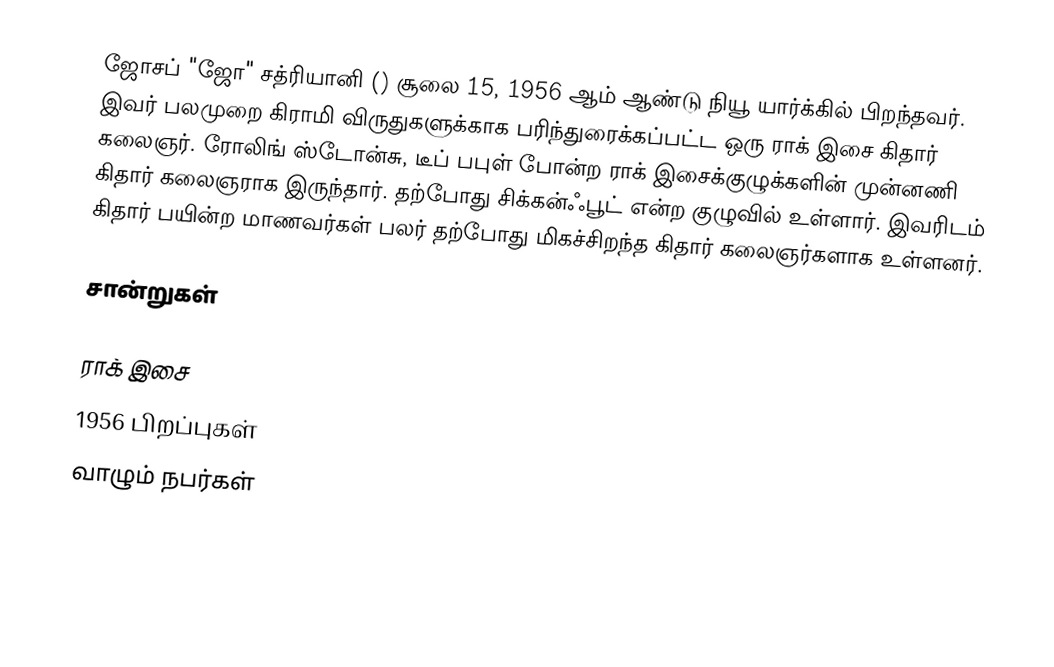
ஜோசப் "ஜோ" சத்ரியானி () சூலை 15, 1956 ஆம் ஆண்டு நியூ யார்க்கில் பிறந்தவர். இவர் பலமுறை கிராமி விருதுகளுக்காக பரிந்துரைக்கப்பட்ட ஒரு ராக் இசை கிதார் கலைஞர். ரோலிங் ஸ்டோன்சு, டீப் பபுள் போன்ற ராக் இசைக்குழுக்களின் முன்னணி கிதார் கலைஞராக இருந்தார். தற்போது சிக்கன்ஃபூட் என்ற குழுவில் உள்ளார். இவரிடம் கிதார் பயின்ற மாணவர்கள் பலர் தற்போது மிகச்சிறந்த கிதார் கலைஞர்களாக உள்ளனர்.

சான்றுகள்

ராக் இசை
1956 பிறப்புகள்
வாழும் நபர்கள்